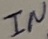
Text: IN